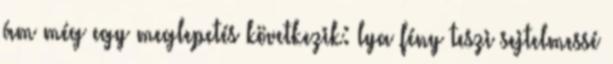
ám még egy meglepetés következik: lya fény teszi sejtelmessé